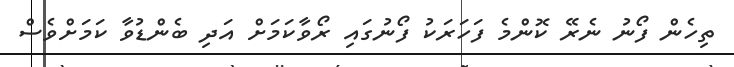
ތިހެން ފޯނު ނެރޭ ކޮންމެ ފަހަރަކު ފޯނުގައި ރޯވާކަމަށް އަދި ބެންޑުވާ ކަމަށްވެސް